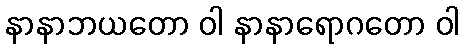
နာနာဘယတော ဝါ နာနာရောဂတော ဝါ